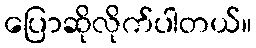
ပြောဆိုလိုက်ပါတယ်။